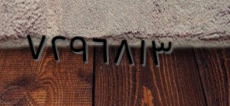
٧٢٩٦٨١٣